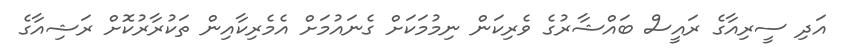
އަދި ސީރިއާގެ ރައީސް ބައްޝާރުގެ ވެރިކަން ނިމުމަކަށް ގެނައުމަށް އެމެރިކާއިން ތަކުރާރުކޮށް ރަޝިއާގެ